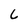
Character: 6